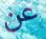
عن